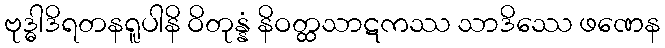
ဗုဒ္ဓါဒိရတနရူပါနိ ဝိတုန္နံ နိဝတ္ထသာဋကဿ သာဒိဿေ ဖဏေန